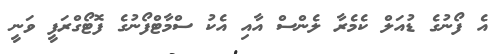
އެ ފޯނުގެ ޑުއަލް ކެމެރާ ލެންސް އާއި އެކު ސްމާޓްފޯނުގެ ފޮޓޯގްރަފީ ވަނީ